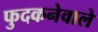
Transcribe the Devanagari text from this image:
फुदकनेवाले